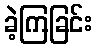
ခဲ့ကြခြင်း